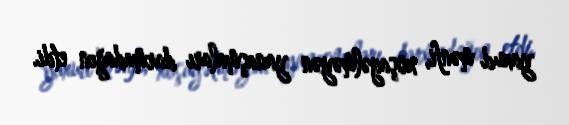
yaxud mənfi, xoşagəlməyən yanaşmaları darmadağın etdi.